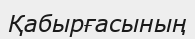
Қабырғасының